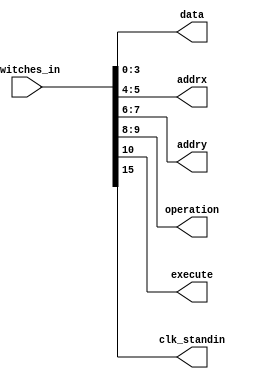
module split_switch(input [15:0] switches_in,
                    output [3:0] data,
                    output [1:0] addrx,
                    output [1:0] addry,
                    output [1:0] operation,
                    output execute,
                    output clk_standin
					);
                    
    assign data = switches_in[3:0];
    assign addrx = switches_in[5:4];
    assign addry = switches_in[7:6];
    assign operation = switches_in[9:8];
    assign execute = switches_in[10];
    assign clk_standin = switches_in[15];
	//some switches left over not being used.
    
endmodule